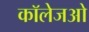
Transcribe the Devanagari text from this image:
कॉलेजओ